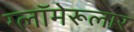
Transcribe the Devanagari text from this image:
ग्लॉमेरूलार